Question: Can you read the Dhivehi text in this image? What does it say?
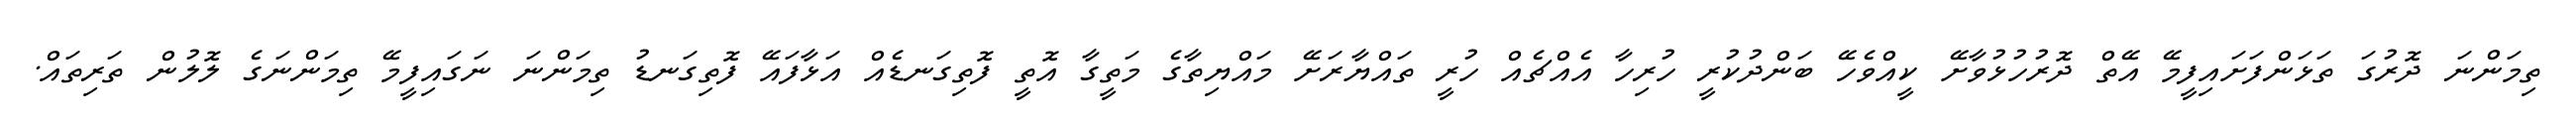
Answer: ތިމަންނަ ދޮރުގަ ތަޅަންފަށައިފީމޭ އޭތް ދޮރުހުޅުވާށޭ ކީއްވެހޭ ބަންދުކުރީ ހުރިހާ އެއްޗެއް ހުރީ ތައްޔާރަށޭ މައްޔިތާގެ މަތީގާ އޮތީ ފޮތިގަނޑެއް އަޅާފައޭ ފޮތިގަނޑު ތިމަންނަ ނަގައިފީމޭ ތިމަންނަގެ ލޮލުން ތަރިތައް.